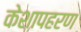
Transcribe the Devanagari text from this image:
केशापहरण